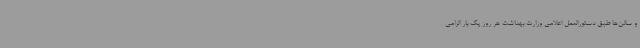
و سالن‌ها طبق دستورالعمل اعلامی وزارت بهداشت هر روز یک بار الزامی